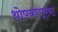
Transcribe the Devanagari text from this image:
थोपवणा्र्‍या